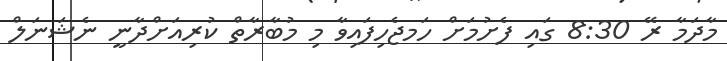
މާދަމާ ރޭ 8:30 ގައި ފެށުމަށް ހަމޖެހިފައިވާ މި މުބާރާތް ކުރިއަށްދާނީ ނެޝަނަލް